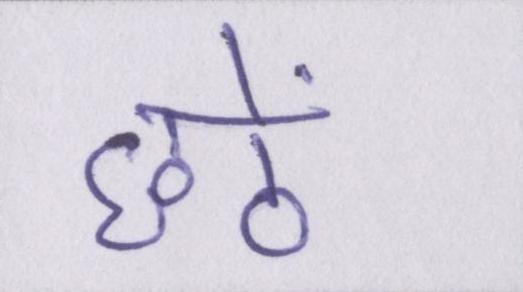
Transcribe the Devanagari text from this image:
छठें